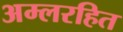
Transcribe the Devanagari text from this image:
अम्लरहित